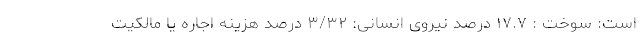
است: سوخت : ۱۷.۷ درصد نیروی انسانی: ۳/۳۲ درصد هزینه اجاره یا مالکیت